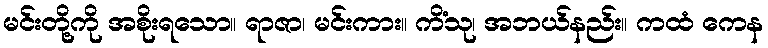
မင်းတို့ကို အစိုးရသော။ ရာဇာ၊ မင်းကား။ ကိံသု၊ အဘယ်နည်း။ ကထံ ကေန